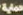
حماية